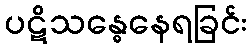
ပဋိသန္ဓေနေရခြင်း